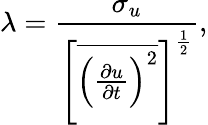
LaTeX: \lambda=\frac{\sigma_{u}}{{\Bigg[\overline{{{\Big(\frac{\partial u}{\partial t}\Big)^{2}}}}\Bigg]}^{\frac{1}{2}}},